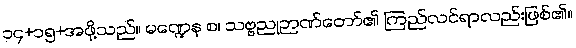
၁၄+၁၅+အဖို့သည်။ မဏ္ဍေန စ၊ သဗ္ဗညုဉာဏ်တော်၏ ကြည်လင်ရာလည်းဖြစ်၏။